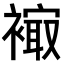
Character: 𧜮